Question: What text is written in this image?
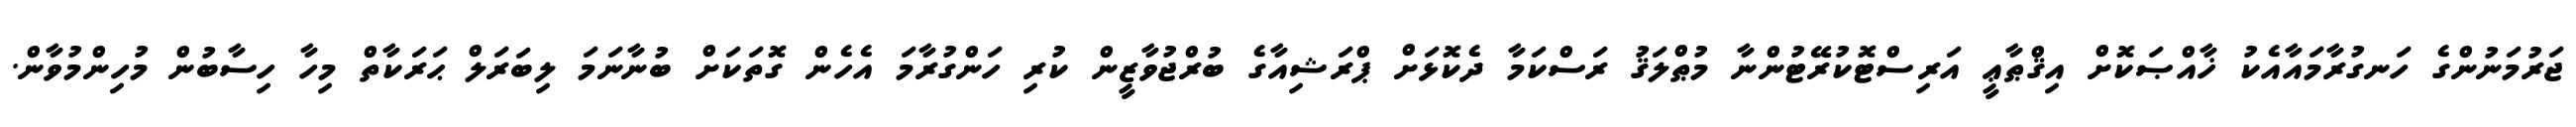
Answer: ޖަރުމަނުންގެ ހަނގުރާމައާއެކު ޚާއްޞަކޮށް އިޤްޠާޢީ އަރިސްޓޮކުރޭޓުންނާ މުޠްލަޤު ރަސްކަމާ ދެކޮޅަށް ޕްރަޝިއާގެ ބުރްޖުވާޒީން ކުރި ހަންގުރާމަ އެހެން ގޮތަކަށް ބުނާނަމަ ލިބަރަލް ޙަރަކާތް މިހާ ހިސާބުން މުހިންމުވާން.